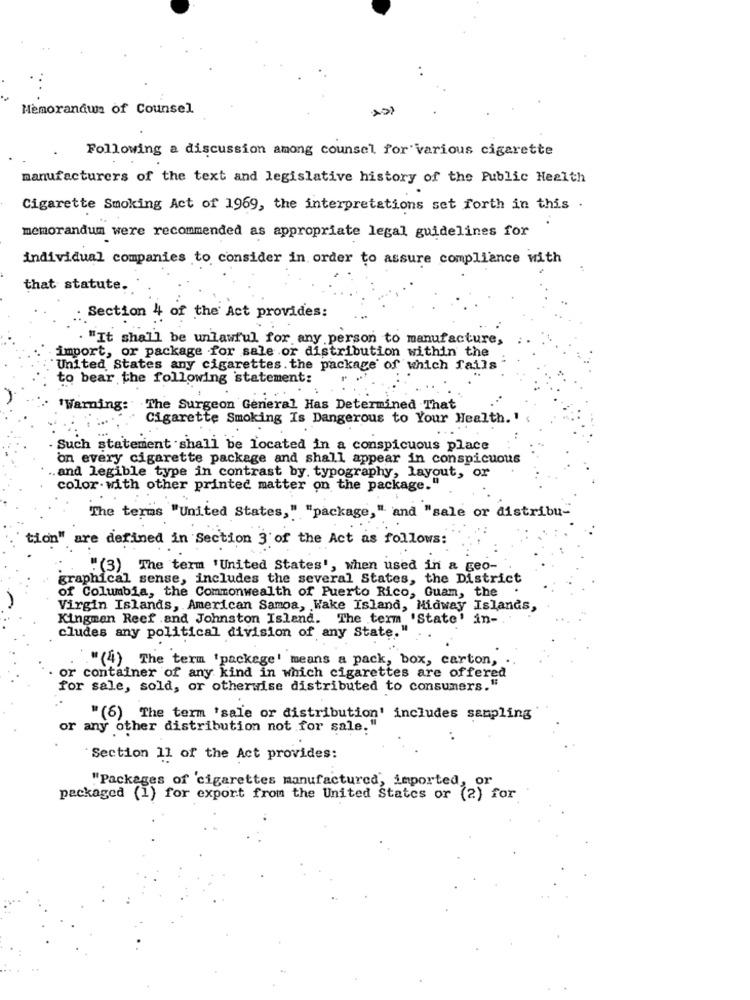
Memorandum of Counsel
Following a discussion among counsel for various cigarette
manufacturers of the text and legislative history of the Public Health
Cigarette Smoking Act of 1969, the interpretations set forth in this .
memorandum were recommended as appropriate legal guidelines for
individual companies to consider in order to assure compliance with
that statute.
Section 4 of the Act provides:
"It shall be unlawful for any person to manufacture,
import, or package for sale or distribution within the
United States any cigarettes. the package of which fails
to bear the following statement:
'Warning: The Surgeon General Has Determined That
Cigarette Smoking Is Dangerous to Your Health.'
· Such statement shall be located in a conspicuous place
on every cigarette package and shall appear in conspicuous
and legible type in contrast by. typography, layout, or
color. with other printed matter on the package."
The terms "United States," "package," and "sale or distribu-
tion" are defined in Section 3 of the Act as follows:
"(3) The term 'United States', when used in a geo-
graphical sense, includes the several States, the District
of Columbia, the Commonwealth of Puerto Rico, Guam, the
Virgin Islands, American Samoa, , Wake Island, Midway Islands,
Kingman Reef .and Johnston Island. The term 'State' in-
cludes any political division of any State.
."(4) The term 'packege' means a pack, box, carton, .
or container of any kind in which cigarettes are offered
for sale, sold, or otherwise distributed to consumers."
"(6) The term 'sale or distribution' includes sampling
or any other distribution not for sale.'
"Section 11 of the Act provides:
"Packages of 'cigarettes manufactured, imported, or
packaged (1) for export from the United States or (2) for